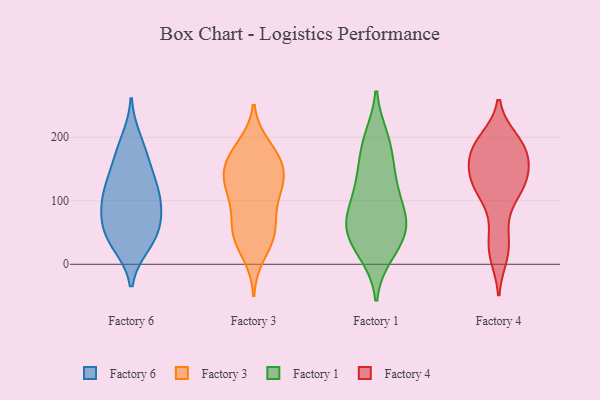
{"axis": {"x": "Revenue (USD Million)", "y": "Value"}, "legend": ["Factory 1", "Factory 3", "Factory 4", "Factory 6"], "data": [{"x": "", "y": 31, "type": "Factory 6"}, {"x": "", "y": 50, "type": "Factory 6"}, {"x": "", "y": 174, "type": "Factory 6"}, {"x": "", "y": 158, "type": "Factory 6"}, {"x": "", "y": 109, "type": "Factory 6"}, {"x": "", "y": 112, "type": "Factory 6"}, {"x": "", "y": 82, "type": "Factory 6"}, {"x": "", "y": 196, "type": "Factory 6"}, {"x": "", "y": 86, "type": "Factory 6"}, {"x": "", "y": 50, "type": "Factory 6"}, {"x": "", "y": 117, "type": "Factory 6"}, {"x": "", "y": 134, "type": "Factory 6"}, {"x": "", "y": 32, "type": "Factory 6"}, {"x": "", "y": 68, "type": "Factory 6"}, {"x": "", "y": 130, "type": "Factory 3"}, {"x": "", "y": 130, "type": "Factory 3"}, {"x": "", "y": 44, "type": "Factory 3"}, {"x": "", "y": 136, "type": "Factory 3"}, {"x": "", "y": 162, "type": "Factory 3"}, {"x": "", "y": 14, "type": "Factory 3"}, {"x": "", "y": 111, "type": "Factory 3"}, {"x": "", "y": 92, "type": "Factory 3"}, {"x": "", "y": 145, "type": "Factory 3"}, {"x": "", "y": 45, "type": "Factory 3"}, {"x": "", "y": 43, "type": "Factory 3"}, {"x": "", "y": 170, "type": "Factory 3"}, {"x": "", "y": 55, "type": "Factory 3"}, {"x": "", "y": 187, "type": "Factory 3"}, {"x": "", "y": 180, "type": "Factory 3"}, {"x": "", "y": 156, "type": "Factory 3"}, {"x": "", "y": 111, "type": "Factory 3"}, {"x": "", "y": 69, "type": "Factory 3"}, {"x": "", "y": 22, "type": "Factory 1"}, {"x": "", "y": 70, "type": "Factory 1"}, {"x": "", "y": 143, "type": "Factory 1"}, {"x": "", "y": 60, "type": "Factory 1"}, {"x": "", "y": 138, "type": "Factory 1"}, {"x": "", "y": 121, "type": "Factory 1"}, {"x": "", "y": 16, "type": "Factory 1"}, {"x": "", "y": 177, "type": "Factory 1"}, {"x": "", "y": 63, "type": "Factory 1"}, {"x": "", "y": 67, "type": "Factory 1"}, {"x": "", "y": 199, "type": "Factory 1"}, {"x": "", "y": 51, "type": "Factory 1"}, {"x": "", "y": 196, "type": "Factory 1"}, {"x": "", "y": 33, "type": "Factory 1"}, {"x": "", "y": 105, "type": "Factory 1"}, {"x": "", "y": 81, "type": "Factory 1"}, {"x": "", "y": 107, "type": "Factory 4"}, {"x": "", "y": 131, "type": "Factory 4"}, {"x": "", "y": 197, "type": "Factory 4"}, {"x": "", "y": 128, "type": "Factory 4"}, {"x": "", "y": 13, "type": "Factory 4"}, {"x": "", "y": 197, "type": "Factory 4"}, {"x": "", "y": 24, "type": "Factory 4"}, {"x": "", "y": 181, "type": "Factory 4"}, {"x": "", "y": 176, "type": "Factory 4"}, {"x": "", "y": 137, "type": "Factory 4"}, {"x": "", "y": 143, "type": "Factory 4"}, {"x": "", "y": 174, "type": "Factory 4"}, {"x": "", "y": 54, "type": "Factory 4"}, {"x": "", "y": 166, "type": "Factory 4"}, {"x": "", "y": 111, "type": "Factory 4"}]}